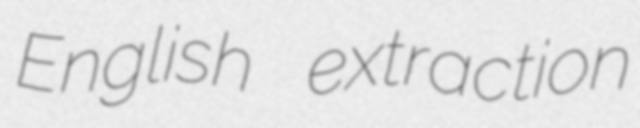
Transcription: English extraction